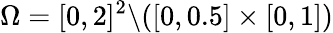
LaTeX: \Omega=[0,2]^{2}\backslash([0,0.5]\times[0,1])